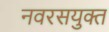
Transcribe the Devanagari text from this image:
नवरसयुक्त